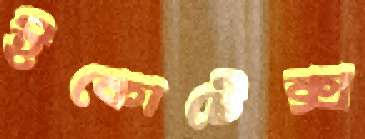
ইকোটেক্স